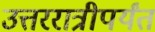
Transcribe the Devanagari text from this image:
उत्तररात्रीपर्यंत